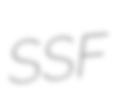
SSF